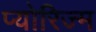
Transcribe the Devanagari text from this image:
प्योरिज्म